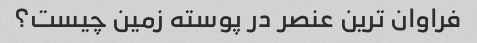
فراوان ترین عنصر در پوسته زمین چیست؟